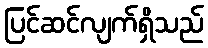
ပြင်ဆင်လျက်ရှိသည်